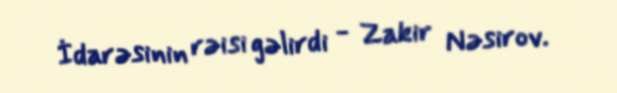
İdarəsinin rəisi gəlirdi - Zakir Nəsirov.